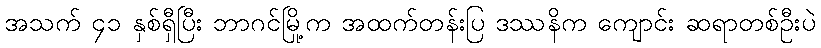
အသက် ၄၁ နှစ်ရှီပြီး ဘာဂင်မြို့က အထက်တန်းပြ ဒဿနိက ကျောင်း ဆရာတစ်ဦးပဲ